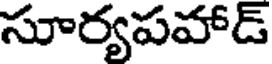
సూర్యపహాడ్